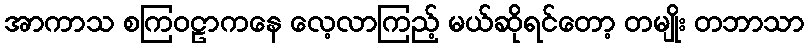
အာကာသ စကြဝဠာကနေ လေ့လာကြည့် မယ်ဆိုရင်တော့ တမျိုး တဘာသာ